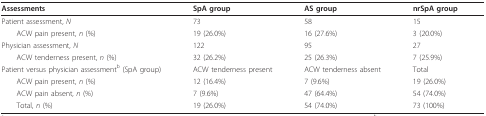
<table><thead><tr><td><b>Assessments</b></td><td><b>SpA group</b></td><td><b>AS group</b></td><td><b>nrSpA group</b></td></tr></thead><tbody><tr><td>Patient assessment, <i>N</i></td><td>73</td><td>58</td><td>15</td></tr><tr><td> ACW pain present, <i>n </i>(%)</td><td>19 (26.0%)</td><td>16 (27.6%)</td><td>3 (20.0%)</td></tr><tr><td>Physician assessment, <i>N</i></td><td>122</td><td>95</td><td>27</td></tr><tr><td> ACW tenderness present, <i>n </i>(%)</td><td>32 (26.2%)</td><td>25 (26.3%)</td><td>7 (25.9%)</td></tr><tr><td>Patient versus physician assessment<sup>b </sup>(SpA group)</td><td>ACW tenderness present</td><td>ACW tenderness absent</td><td>Total</td></tr><tr><td> ACW pain present, <i>n </i>(%)</td><td>12 (16.4%)</td><td>7 (9.6%)</td><td>19 (26.0%)</td></tr><tr><td> ACW pain absent, <i>n </i>(%)</td><td>7 (9.6%)</td><td>47 (64.4%)</td><td>54 (74.0%)</td></tr><tr><td> Total, <i>n </i>(%)</td><td>19 (26.0%)</td><td>54 (74.0%)</td><td>73 (100%)</td></tr></tbody></table>